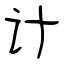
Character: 计